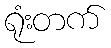
ရုံးတက်